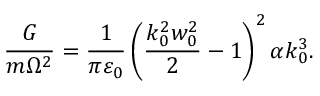
\frac { G } { m \Omega ^ { 2 } } = \frac { 1 } { \pi \varepsilon _ { 0 } } \left( \frac { k _ { 0 } ^ { 2 } w _ { 0 } ^ { 2 } } { 2 } - 1 \right) ^ { 2 } \alpha k _ { 0 } ^ { 3 } .